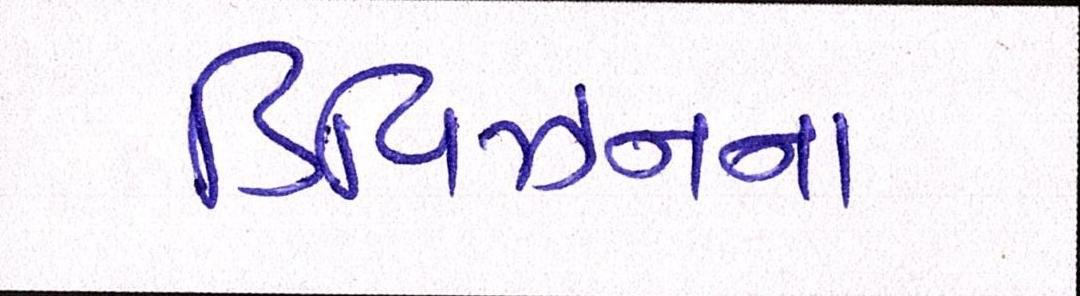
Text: ડિવિઝનના